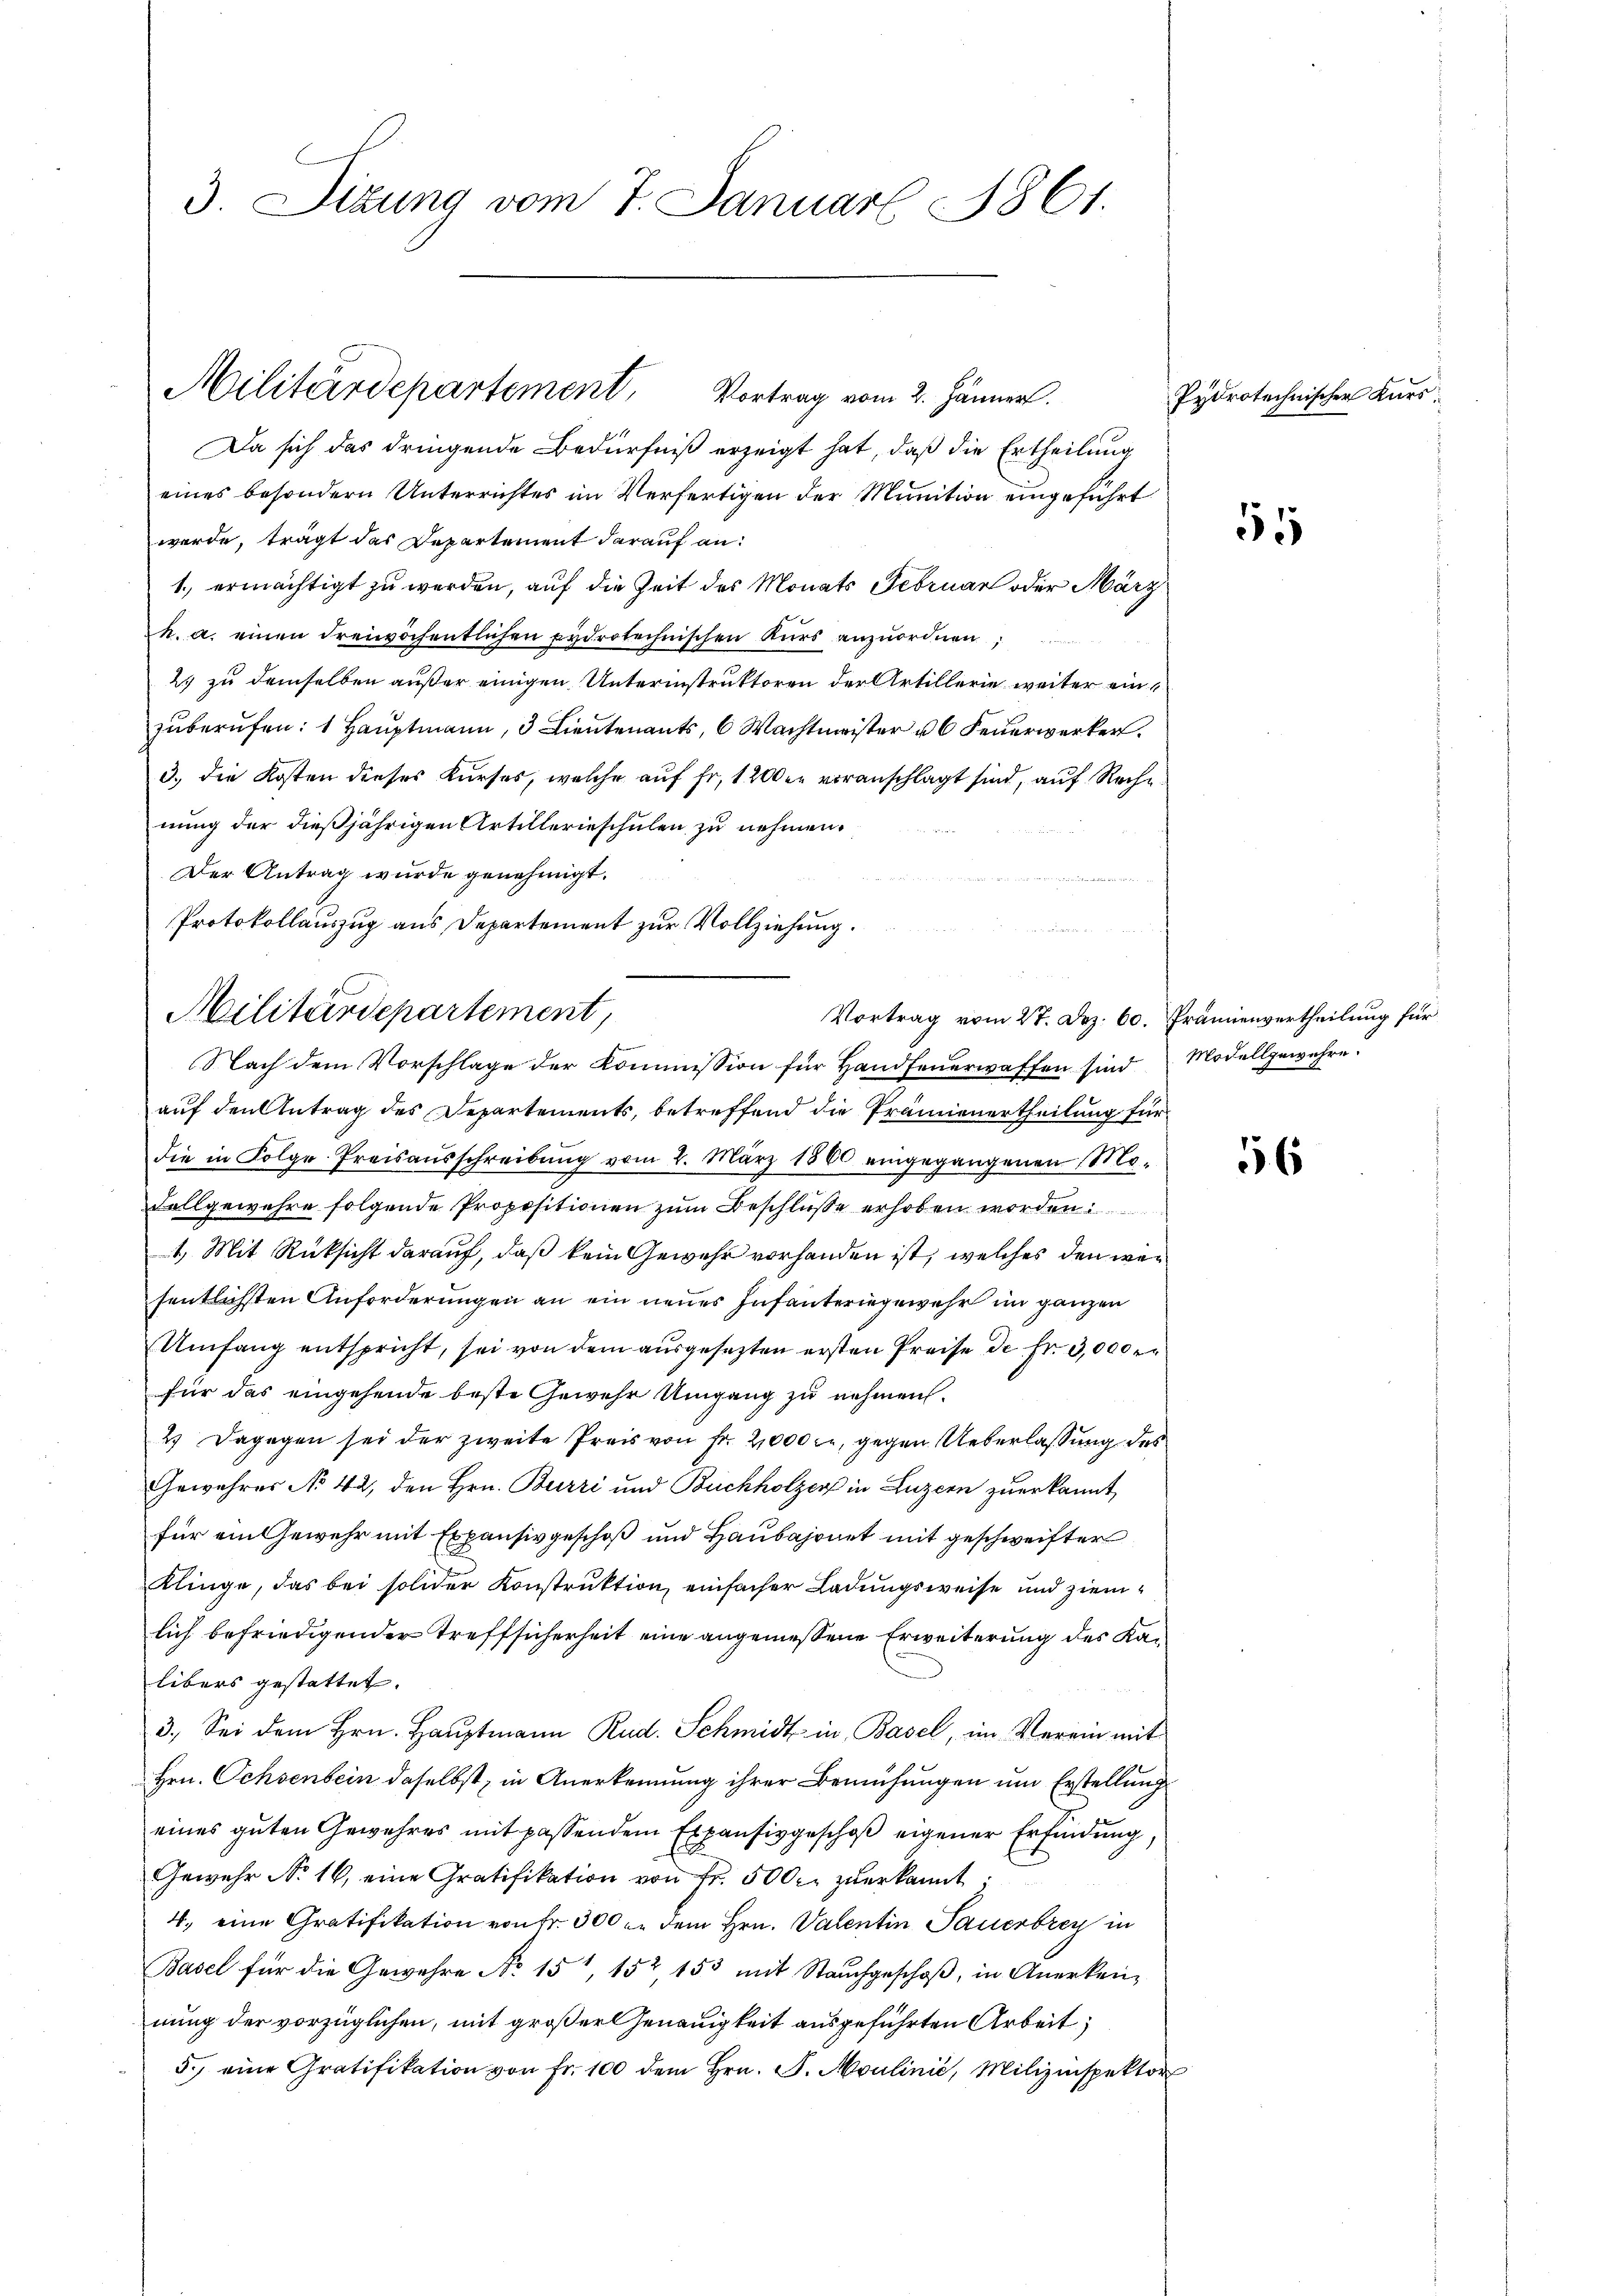
3. Sizung vom 7. Januar 1861.

Militärdepartement. Vortrag vom 2. Jänner.

Da sich das dringende Bedürfniß erzeigt hat, daß die Ertheilung
eines besondern Unterrichtes im Verfertigen der Munition eingeführt
werde, trägt das Departement darauf an:
1. ermächtigt zu werden, auf die Zeit des Monats Februar oder März
h. a. einen dreiwöchentlichen Eydrotechnischen Kurs anzŭordnen,
2) zu demselben außer einigen Unterinstruktoren der Artillerie weiter einzŭberŭfen: 1 Haŭptmann, 3 Lieŭtenants, 6 Wachtmeister u 6 Feŭerwerker.
3.) Die Kosten dieses Kurses, welche auf Fr. 1200 er voranschlagt sind, auf Rechnung der dießjährigen Artillerieschulen zu nehmen.
Der Antrag wurde genehmigt.
Protokollauszug aus Departement zur Vollziehung.

Militärdepartement,
Vortrag vom 27. Dez. 60. Främienvertheilung für
Nach dem Vorschlage der Kommission für Handfeuerwaffen sind Modellgewahre.

auf den Antrag des Departements, betreffend die Prämienertheilung für
die in Folge Preisaŭsschreibŭng vom 2. März 1860 eingegangenen Mo-
Fallgewehre folgende Propositionen zum Beschluße erhoben worden.
1.) Mit Rücksicht darauf, daß kein Gewehr vorhanden ist, welches den wesentlichsten Anforderungen an ein neues Infanteringewehr im ganzen
Umfang entspricht, sei von dem ausgesetzten ersten Preise de Fr. 3,000 r
für das eingehende beste Gewehr Umgang zu nehmen.
2.) Dagegen sei der zweite Preis von Fr. 2000 Fr. gegen Ueberlassung des
Gewehrer No 42, den Hrn. Burri und Buchholzer in Luzern zuerkannt,
für ein Gewehr mit Expensivgeschoß und Haubajonet mit geschweifter
Klinge, das bei solider Konstruktion einfacher Ladungsweise und ziemlich befriedigender Treffsicherheit eine angemessene Erweiterung des Kalibers gestattet.
3. Sei dem Hrn. Haŭptmann Rud. Schmidt in Basel, im Verein mit
Hrn. Ochsenbein daselbst, in Anerkennung ihrer Bemühungen um Erstellung
eines guten Gewehres mit passendem Expensivgeschof eigener Erfindung,
Gewehr No 16, eine Gratifikation von Fr. 500 r. zuerkannt
4. eine Gratifikation von Fr. 300 er dem Hrn. Valentin Sauerbrey in
Basel für die Gewehre No 15, 157, 153 mit Stauchgeschoß, in Anerken-
nung der vorzüglichen, mit großer Genauigkeit ausgeführten Arbeit
5.) eine Gratifikation von Fr. 100 dem Hrn. F. Moulinić, Milizinspektor

Pydrotechnischer Kurs
55

56